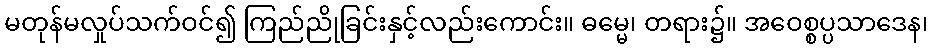
မတုန်မလှုပ်သက်ဝင်၍ ကြည်ညိုခြင်းနှင့်လည်းကောင်း။ ဓမ္မေ၊ တရား၌။ အဝေစ္စပ္ပသာဒေန၊